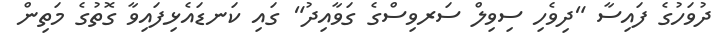
ދުވަހުގެ ފައިސާ "ދިވެހި ސިވިލް ސަރވިސްގެ ގަވާއިދު" ގައި ކަނޑައެޅިފައިވާ ގޮތުގެ މަތިން